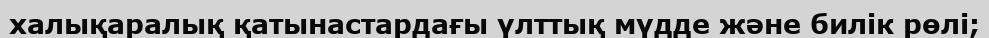
халықаралық қатынастардағы үлттық мүдде және билік рөлі;